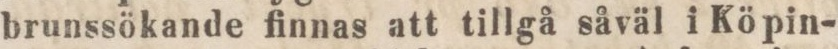
brunssökande finnas att tillgå såväl i Köpin-